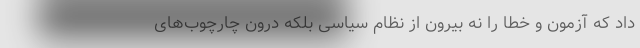
داد که آزمون و خطا را نه بیرون از نظام سیاسی بلکه درون چارچوب‌های